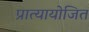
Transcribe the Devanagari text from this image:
प्रात्यायोजित